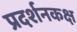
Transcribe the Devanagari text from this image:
प्रदर्शनकक्ष